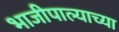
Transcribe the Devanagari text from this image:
भाजीपाल्याच्या